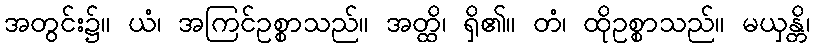
အတွင်း၌။ ယံ၊ အကြင်ဥစ္စာသည်။ အတ္ထိ၊ ရှိ၏။ တံ၊ ထိုဥစ္စာသည်။ မယှန္တိ၊